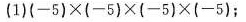
(1){-5)×(-5)×(-5)×(-5)；